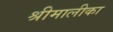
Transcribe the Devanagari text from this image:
श्रीमालीका